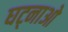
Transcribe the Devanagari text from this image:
घट्नाओ